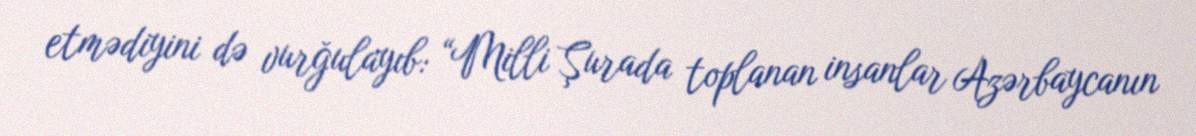
etmədiyini də vurğulayıb: “Milli Şurada toplanan insanlar Azərbaycanın